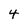
Character: 4